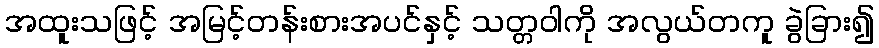
အထူးသဖြင့် အမြင့်တန်းစားအပင်နှင့် သတ္တဝါကို အလွယ်တကူ ခွဲခြား၍